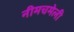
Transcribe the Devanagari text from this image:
नीमचमेली